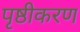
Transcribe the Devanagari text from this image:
पृष्ठीकरण